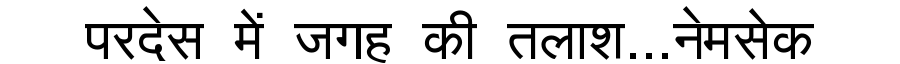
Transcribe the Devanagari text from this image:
परदेस में जगह की तलाश...नेमसेक